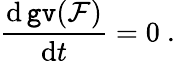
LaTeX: \frac{\mathrm{d}\, \mathtt{gv}({\mathcal F})}{\mathrm{d}t}=0\ .